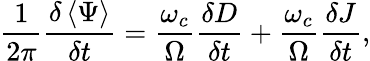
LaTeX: \frac{1}{2\pi}\frac{\delta\left\langle\Psi\right\rangle}{\delta t}=\frac{\omega_{c}}{\Omega}\frac{\delta D}{\delta t}+\frac{\omega_{c}}{\Omega}\frac{\delta J}{\delta t},